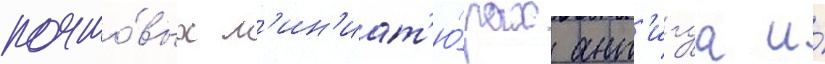
почто́вых м'ин'иат'ю́рах ант'игуа и́